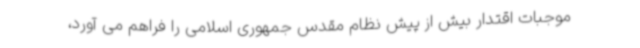
موجبات اقتدار بیش از پیش نظام مقدس جمهوری اسلامی را فراهم می آورد،